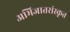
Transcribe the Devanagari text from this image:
अभिजातसंस्कृत